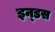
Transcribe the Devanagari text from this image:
इन्‍डस